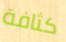
كثافة